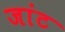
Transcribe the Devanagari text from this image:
जांट